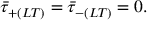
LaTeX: \bar { \tau } _ { + ( L T ) } = \bar { \tau } _ { - ( L T ) } = 0 .